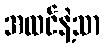
အထင်နဲ့သာ